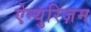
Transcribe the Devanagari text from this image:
ऐन्युरिज़म